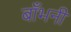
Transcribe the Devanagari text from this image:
बाँभनी